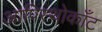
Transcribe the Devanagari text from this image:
आपिस्थोकाँट